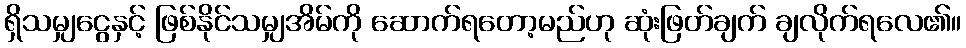
ရှိသမျှငွေနှင့် ဖြစ်နိုင်သမျှအိမ်ကို ဆောက်ရတော့မည်ဟု ဆုံးဖြတ်ချက် ချလိုက်ရလေ၏။